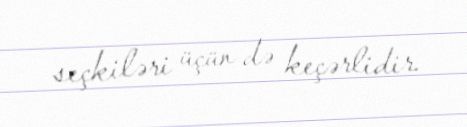
seçkiləri üçün də keçərlidir.